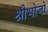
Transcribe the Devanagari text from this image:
श्रीभोजो